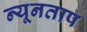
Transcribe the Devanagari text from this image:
न्यूनताप